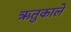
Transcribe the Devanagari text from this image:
ऋतुकाले